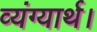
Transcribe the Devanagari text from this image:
व्यंग्यार्थ।